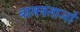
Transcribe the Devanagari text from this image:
बामयताओं